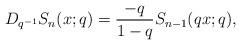
LaTeX: \begin{align*} D_{q^{-1}}S_n(x;q)=\frac{-q}{1-q}S_{n-1}(qx;q),\end{align*}